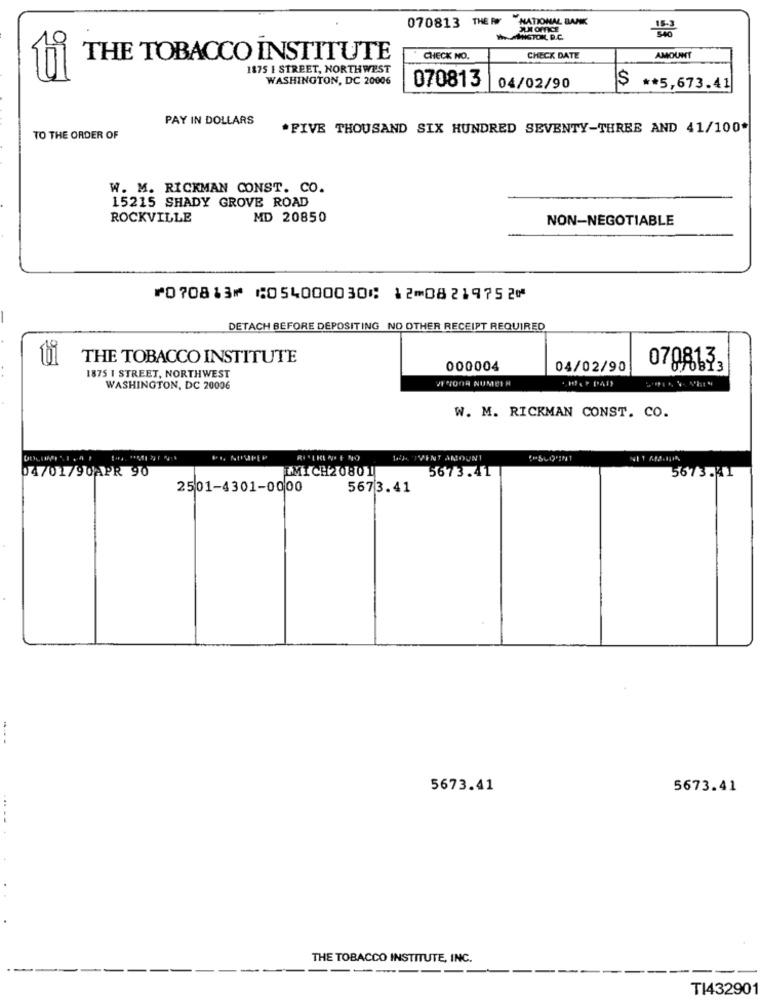
070813 THE PY NATIONAL BANK
JUN OFFICE
INGTON, D.C.
THE TOBACCO INSTITUTE
CHECK NO.
CHECK DATE
AMOUNT
1875 I STREET, NORTHWEST
WASHINGTON, DC 20006
$
070813 04/02/90
** 5,673.41
PAY IN DOLLARS
*FIVE THOUSAND SIX HUNDRED SEVENTY-THREE AND 41/100*
TO THE ORDER OF
W. M. RICKMAN CONST. CO.
15215 SHADY GROVE ROAD
ROCKVILLE
MD 20850
NON-NEGOTIABLE
⑈070813⑈ ⑆054000030⑆ 12⑉08219752⑈
DETACH BEFORE DEPOSITING NO OTHER RECEIPT REQUIRED
THE TOBACCO INSTITUTE
1875 1 STREET, NORTHWEST
000004
04/02/90
0798133
VIVOOR NUMEI H
WASHINGTON, DC 20006
W. M. RICKMAN CONST. CO.
IVENT ANDUNI
04/01/90APR 90
MICH20801
5673.41
5673.41
2501-4301-0000
5673.41
5673.41
5673.41
THE TOBACCO INSTITUTE, INC.
----
TI432901